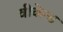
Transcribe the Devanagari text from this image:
वीकेन्ड